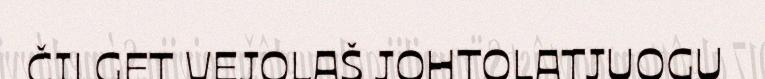
ČILGET VEJOLAŠ JOHTOLATJUOGU